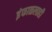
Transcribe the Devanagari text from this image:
इंफाळलाही